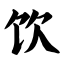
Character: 饮